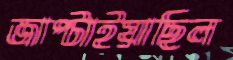
জাপ্‌টাইয়াছিল